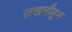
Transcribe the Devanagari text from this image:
लखनौहून